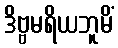
ဒိဗ္ဗမရိယဘူမိံ